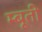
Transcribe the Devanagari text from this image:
म्बूती